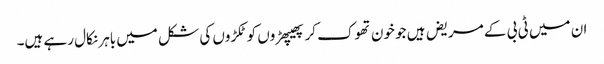
ان میں ٹی بی کے مریض ہیں جو خون تھوک کر پھیپھڑوں کو ٹکڑوں کی شکل میں باہر نکال رہے ہیں۔